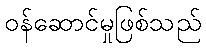
ဝန်ဆောင်မှုဖြစ်သည်